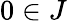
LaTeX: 0\in J